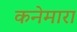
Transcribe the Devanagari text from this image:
कनेमारा